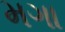
મગા